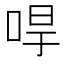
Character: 𠳲